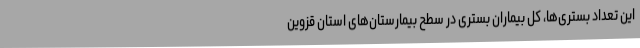
این تعداد بستری‌ها، کل بیماران بستری در سطح بیمارستان‌های استان قزوین